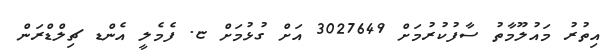
އިތުރު މައުލޫމާތު ސާފުކުރުމަށް 3027649 އަށް ގުޅުމަށް ޏ. ފެމެލީ އެންޑ ޗިލްޑްރަން